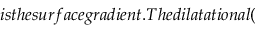
i s t h e s u r f a c e g r a d i e n t . T h e d i l a t a t i o n a l (